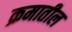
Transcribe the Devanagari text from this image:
क्रमातील